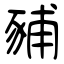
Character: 豧